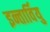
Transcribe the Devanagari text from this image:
इन्तार्वियु